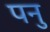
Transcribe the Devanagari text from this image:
पनु